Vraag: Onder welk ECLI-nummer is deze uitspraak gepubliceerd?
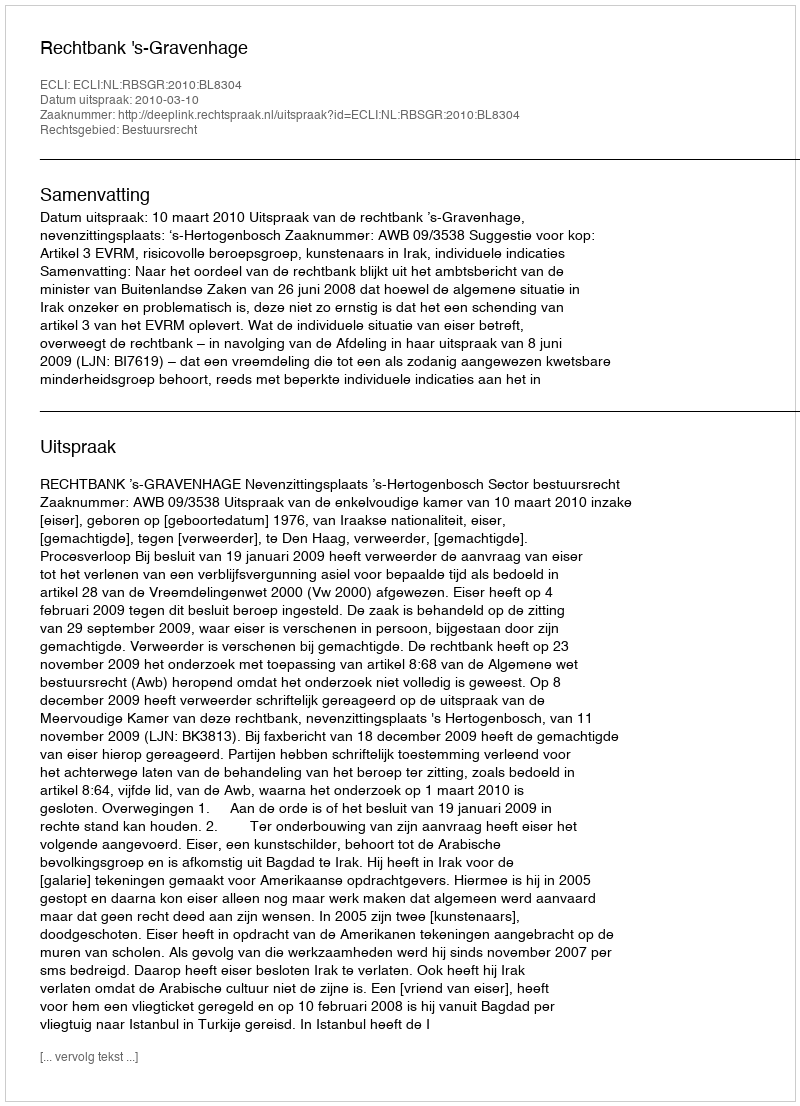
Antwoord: ECLI:NL:RBSGR:2010:BL8304